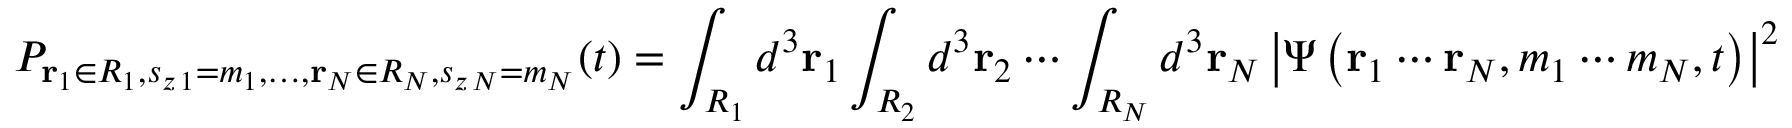
P _ { \mathbf { r } _ { 1 } \in R _ { 1 } , s _ { z \, 1 } = m _ { 1 } , \ldots , \mathbf { r } _ { N } \in R _ { N } , s _ { z \, N } = m _ { N } } ( t ) = \int _ { R _ { 1 } } d ^ { 3 } \mathbf { r } _ { 1 } \int _ { R _ { 2 } } d ^ { 3 } \mathbf { r } _ { 2 } \cdots \int _ { R _ { N } } d ^ { 3 } \mathbf { r } _ { N } \left| \Psi \left( \mathbf { r } _ { 1 } \cdots \mathbf { r } _ { N } , m _ { 1 } \cdots m _ { N } , t \right) \right| ^ { 2 }